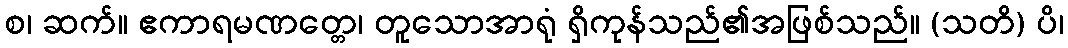
စ၊ ဆက်။ ဧကာရမဏတ္တေ၊ တူသောအာရုံ ရှိကုန်သည်၏အဖြစ်သည်။ (သတိ) ပိ၊